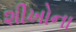
શીખોના